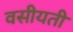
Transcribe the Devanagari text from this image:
वसीयती